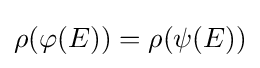
\rho (\varphi (E))=\rho (\psi (E))